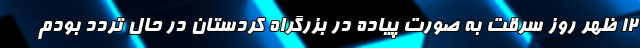
۱۲ ظهر روز سرقت به صورت پیاده در بزرگراه کردستان در حال تردد بودم